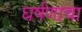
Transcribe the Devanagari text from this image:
घर्षणाचा